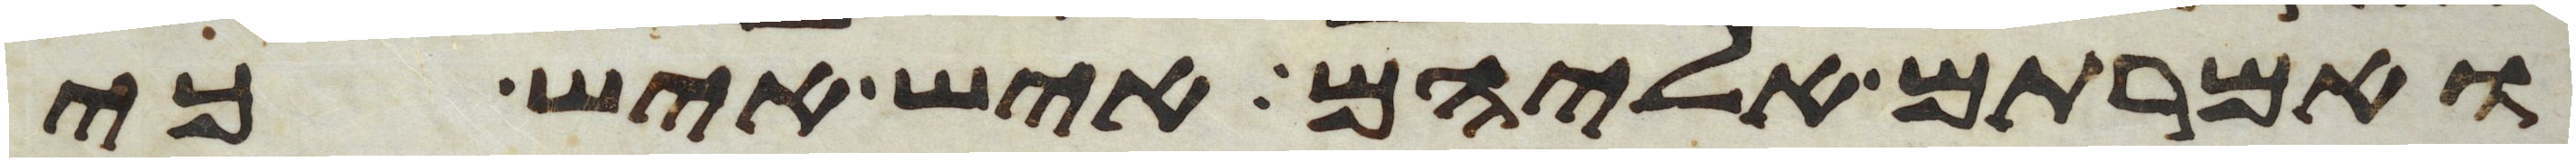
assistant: ואמרתם אליהם איש איש כי